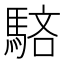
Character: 𩣖